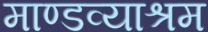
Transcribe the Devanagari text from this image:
माण्डव्याश्रम